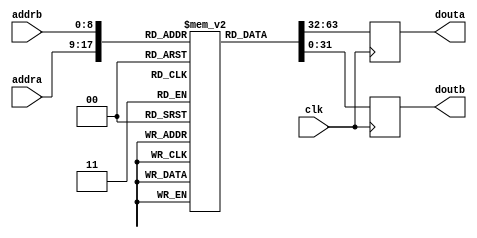
/*
* Instruction ROM to be synthesized as EBRAM
*/
module EBRAM_ROM(
		clk, 
                addra, douta, addrb, doutb
		);
   parameter 
     DEPTH = 512,
     DEPTH_LOG = 9,
     WIDTH = 32;
   
   input wire clk;
   input wire [DEPTH_LOG-1:0] addra, addrb;
   output reg [WIDTH-1:0] 	 douta, doutb;

   reg [WIDTH-1:0] 	 ROM [DEPTH-1:0] /*verilator public*/;

   always @ (posedge clk) begin
	douta <= ROM[addra];
	doutb <= ROM[addrb];
   end
   
endmodule // BRAM_SSP